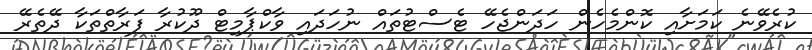
ކުރެވޭނެ ކަމަށާއި ކޮންމެހެން ހަދަންޖެހޭ ޓެސްޓުތައް ނުހަދައި ވާކްޕާމިޓް ދޫކުރާ ފަރާތްތަކާ ދޭތެރޭ